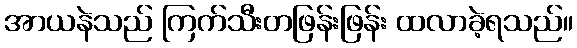
အာယနဲသည် ကြက်သီးတဖြန်းဖြန်း ထလာခဲ့ရသည်။